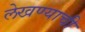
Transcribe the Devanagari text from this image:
लेखण्याची